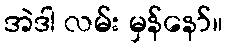
အဲဒါ လမ်း မှန်နော်။